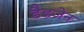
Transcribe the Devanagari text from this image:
डैडजेन